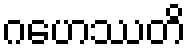
ဂဟေဿတိ